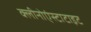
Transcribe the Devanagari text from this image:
क्लीनोएंस्टाटाइट